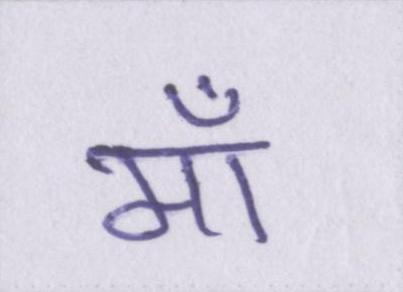
माँ